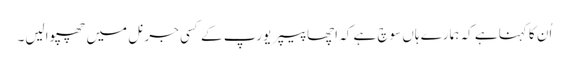
اُن کا کہنا ہے کہ ہمارے ہاں سوچ ہے کہ اچھا پیپر یورپ کے کسی جرنل میں چھپوالیں۔